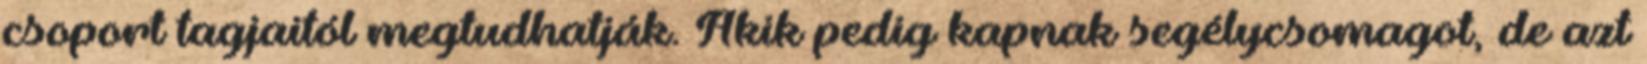
csoport tagjaitól megtudhatják. Akik pedig kapnak segélycsomagot, de azt